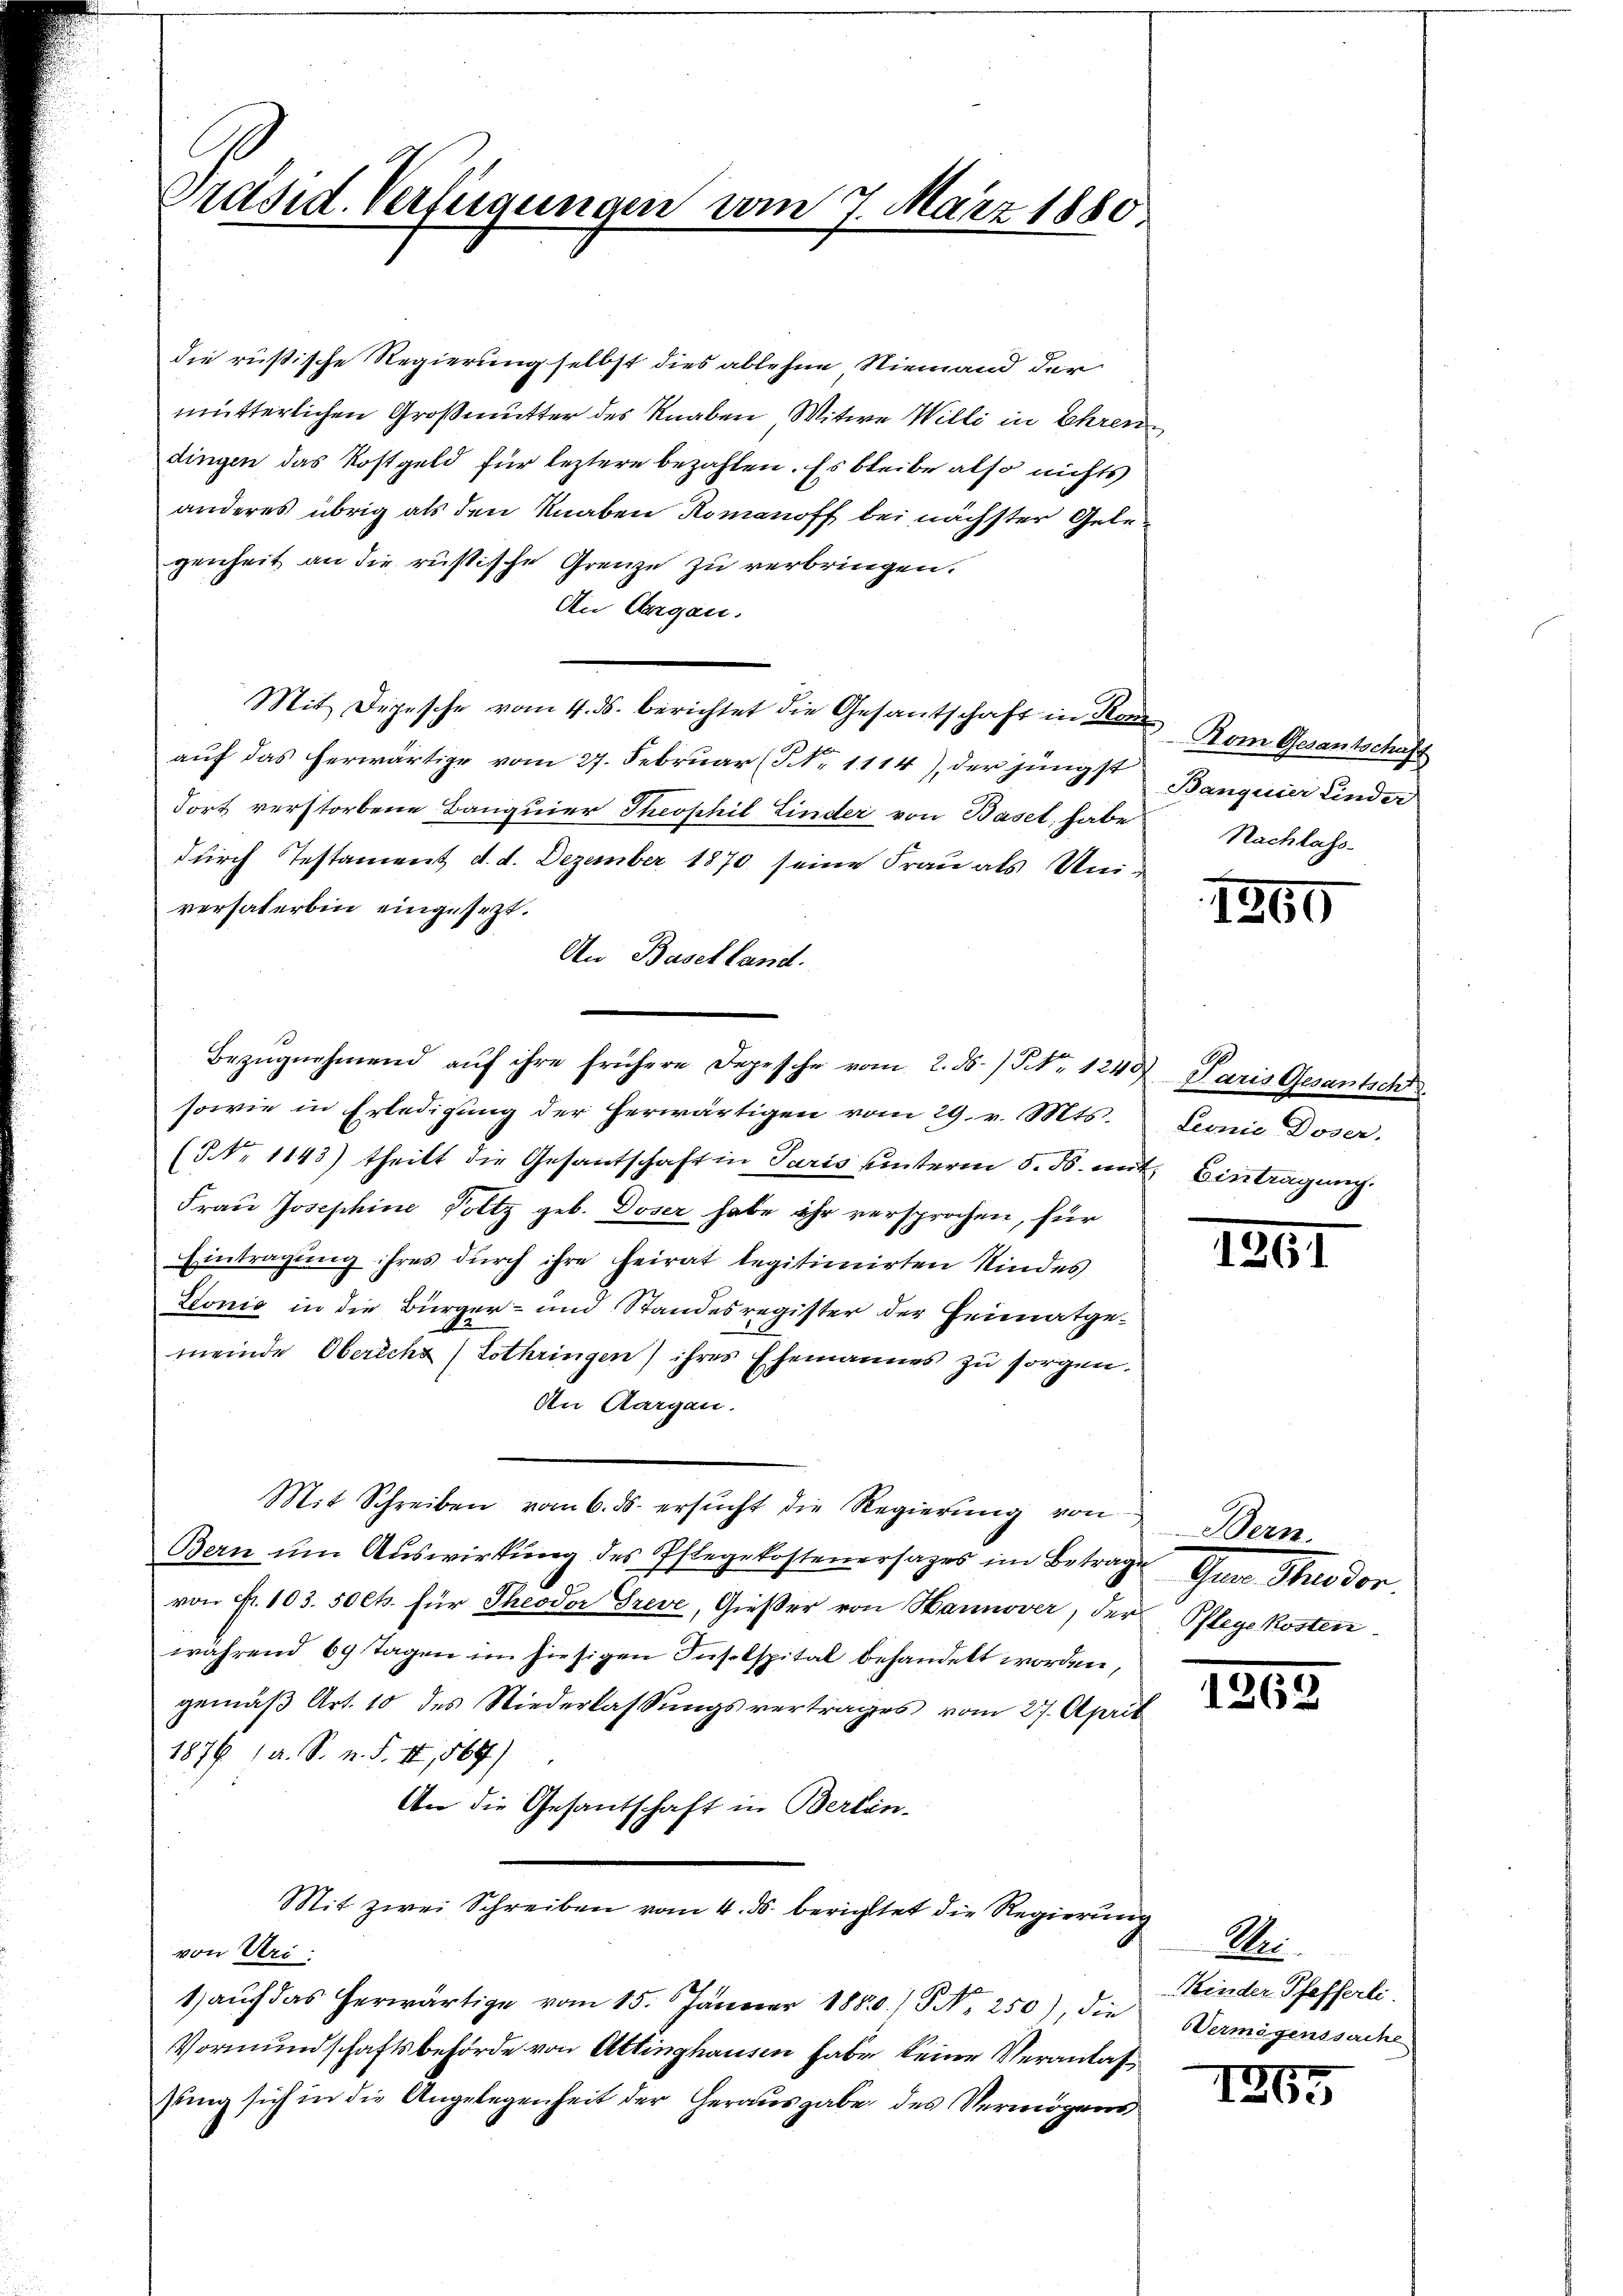
Präsid. Verfügungen vom 7. März 1880.

die rüßische Regierung selbst dies ablehne Niemand der
mütterlichen Großmutter des Knaben Witwe Willi in Ehren
dingen das Kostgeld für leztere bezahlen. Es bleibe also nichts
anderes übrig als den Knaben Romanoff bei nächster Gele
genheit an die russische Grenze zu verbringen.
An Aargau.
Mit Depesche vom 4. ds. berichtet die Gesantschaft in der Rom Gesantschaft
auf das herwärtige vom 27. Februar (NNo. 1114), der jüngst
Fort verstorbene Banquier Theophil Linder von Basel, habe
durch Testament d. d. Dezember 1870 seine Frau als Universalerbin eingesezt.
An Baselland.
sowie in Erledigŭng der herwärtigen vom 29. v. Mts. Leonie Doser.
(NNo. 1143) theilt die Gesantschaft in Paris unterm 5. ds. mit Eintragung.
Frau Josephine Voltz geb. Doser habe ihr versprochen, für
Eintragung ihres durch ihre heirat legitimirten Kindes
Lonio in die Bürger- und Standesregister der Heimatge-
meinde Obericht (Lothringen) ihres Ehemannes zu sorgen.
An Aargau.
Mit Schreiben vom 6. ds. ersŭcht die Regierŭng von Bern.
Bern um Auswirkung des Pflegekostenersages im Betrage
von Fr. 103. 50 Cts. für Theodor Greve, Gießer von Hannover, der Pflegekosten
während 69 Tagen im hiesigen Insolspital behandelt worden,
gemäß Art. 10 des Niederlassungsvertrages vom 27. April
1876 (a. S. n. F. II, 569)
An die Gesantschaft in Berlin-
Mit zwei Schreiben vom 4. ds. berichtet die Regierung
von Uri:
1 aŭch das herwärtige vom 15. Januar 1850) S. 250), die Vermögenssache
Vormundschaftsbehörde von Attinghausen habe keine Veranlaß
sung sich in die Angelegenheit der Herausgabe des Vermögens

Bezŭgnehmend aŭf ihre frühere Depesche vom 2. 55. / NNo. 1249 Paris Gesantsch

Banquier Linder
Nachlass

1969

1801

Gen. Sieder,

1865

M.
Kinder Pfefferli

1255